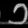
Digit: ၁